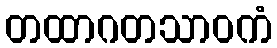
တထာဂတသာဝကံ